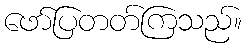
ဖော်ပြတတ်ကြသည်။